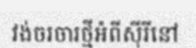
វង់ចរចារថ្មីអំពីស៊ីរីនៅ